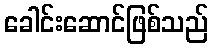
ခေါင်းဆောင်ဖြစ်သည်